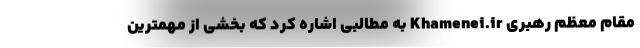
مقام معظم رهبری Khamenei.ir به مطالبی اشاره کرد که بخشی از مهمترین